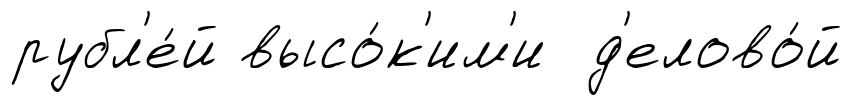
рубл'е́й высо́к'им'и д'елово́й